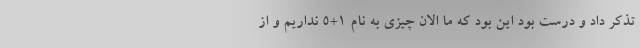
تذکر داد و درست بود این بود که ما الان چیزی به نام ۱+۵ نداریم و از